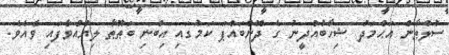
ސުލްޠާން އަޙްމަދު ޝިހާބުއްދީނު ގެ ދޮންބައްޕަ ކަމުގައި އިބްނި ބަޠޫޠާ ލިޔުއްވާފައި ވެއެވެ.